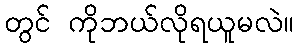
တွင် ကိုဘယ်လိုရယူမလဲ။